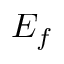
E _ { f }